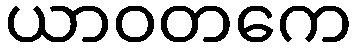
ယာဝတကေ